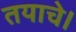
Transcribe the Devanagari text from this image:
तयाचे।